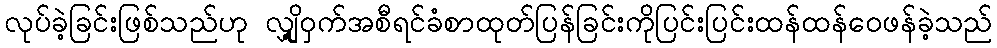
လုပ်ခဲ့ခြင်းဖြစ်သည်ဟု လျှို့ဝှက်အစီရင်ခံစာထုတ်ပြန်ခြင်းကိုပြင်းပြင်းထန်ထန်ဝေဖန်ခဲ့သည်